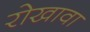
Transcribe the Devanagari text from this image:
रोखावा